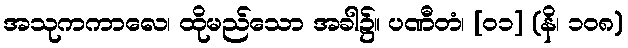
အသုကကာလေ၊ ထိုမည်သော အခါ၌။ ပဏီတံ၊ [၀၁] (နိ၊ ၁၀၈)